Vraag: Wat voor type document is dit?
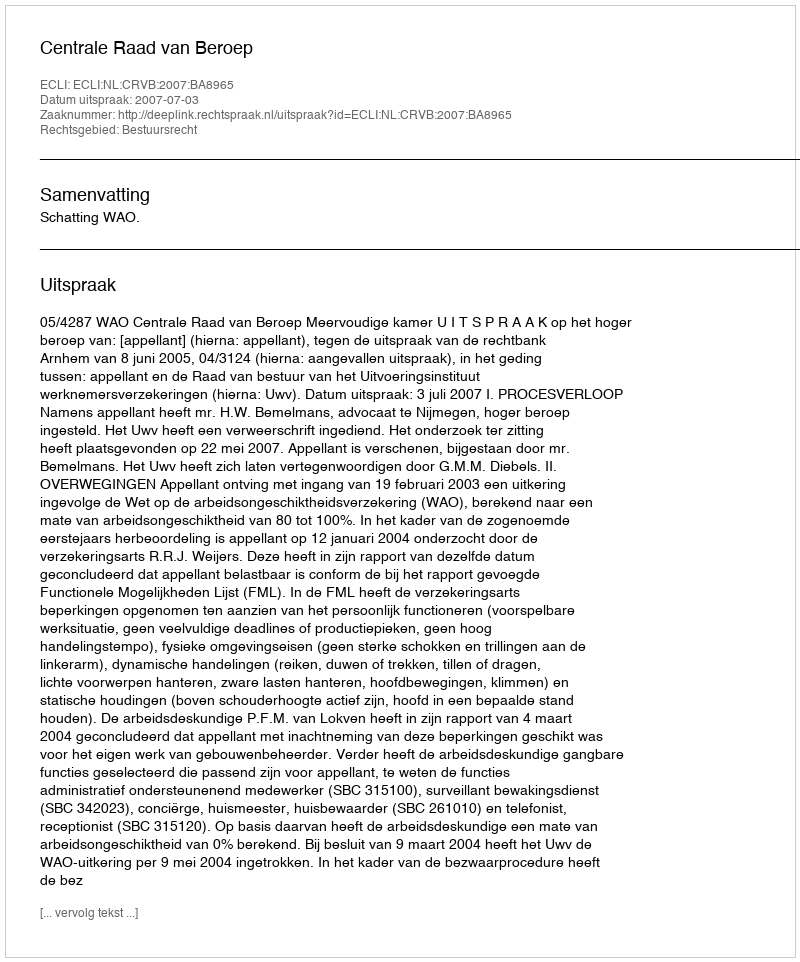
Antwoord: Uitspraak